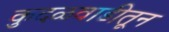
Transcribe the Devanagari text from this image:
कुदळवाडीतून